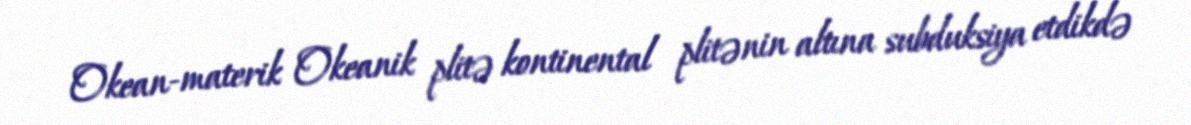
Okean-materik Okeanik plitə kontinental plitənin altına subduksiya etdikdə